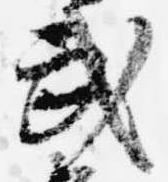
武